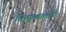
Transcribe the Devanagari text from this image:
चित्सुखात्मने